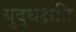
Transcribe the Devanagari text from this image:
युद्धक्षति